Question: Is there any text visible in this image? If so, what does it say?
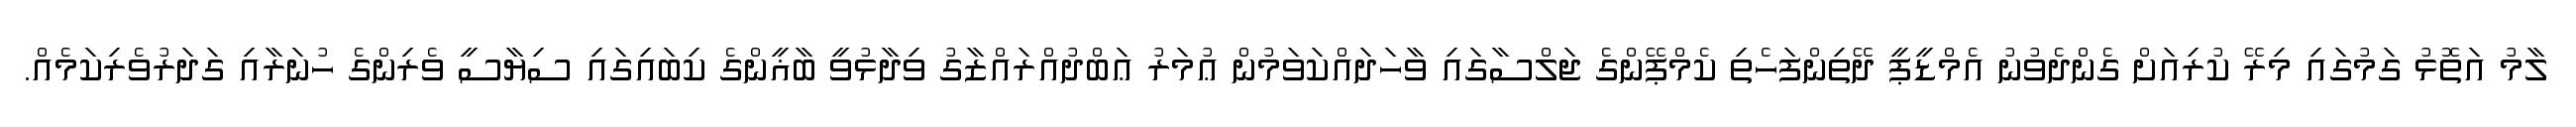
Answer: ލާމު އަތޮޅު ގަމުގައި މިރޭ ކުރިއަށް ގެންދެވުނު އެމްޑީޕީ ދޭތިންފަހެތި ކެމްޕޭންގެ ޖަލްސާގައި ވާހަދައްކަވަމުން ޢުމަރު ޢަބްދުއްރައްޒާގު ވިދާޅުވީ ބާޣީންގެ ކިބައިގައި ސިޔާސީ ވެރިންގެ ހުނަރާއި ގަދަރުވެރިކަމެއް.